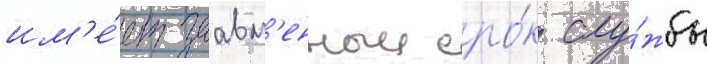
им'е́ет заавл'енныи сро́к слу́жбы